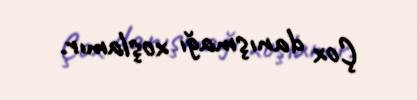
Çox danışmağı xoşlamır.